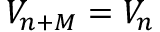
V _ { n + M } = V _ { n }